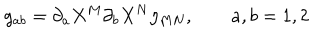
LaTeX: g _ { a b } = \partial _ { a } X ^ { M } \partial _ { b } X ^ { N } \eta _ { M N } , \qquad a , b = 1 , 2